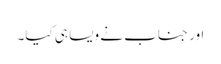
اور جناب نے ویسا ہی کیا۔